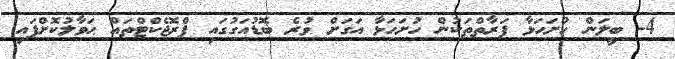
4- ބީލަން ހުށަހަޅާ ފަރާތްތަކުން ހުށަހަޅާ އަގަށް ވުރެ ބޮޑުއަގުގައި ޕްރޮޖެކްޓްތައް ޙަވާލުކޮށްފައި